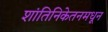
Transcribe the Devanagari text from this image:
शांतिनिकेतनमधून